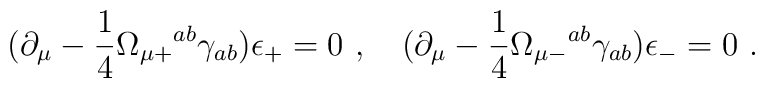
\bigl (\partial_\mu - {1\over 4}  \Omega_{\mu +}{}^{ab}\gamma_{ab}\bigr)\epsilon _{+} = 0\ , \quad   \bigl (\partial_\mu - {1\over 4}\Omega_{\mu -}{}^{ab}\gamma_{ab}\bigr)\epsilon _{-} = 0\ .